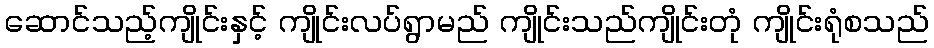
ဆောင်သည့်ကျိုင်းနှင့် ကျိုင်းလပ်ရွာမည် ကျိုင်းသည်ကျိုင်းတုံ ကျိုင်းရုံစသည်